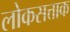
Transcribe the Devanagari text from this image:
लोकसत्ताक